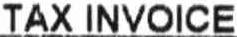
TAX INVOICE